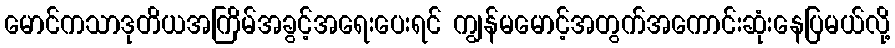
မောင်ကသာဒုတိယအကြိမ်အခွင့်အရေးပေးရင် ကျွန်မမောင့်အတွက်အကောင်းဆုံးနေပြမယ်လို့